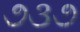
૭૩૭